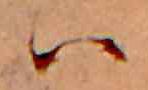
ハ